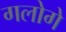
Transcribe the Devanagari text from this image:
गलोगे